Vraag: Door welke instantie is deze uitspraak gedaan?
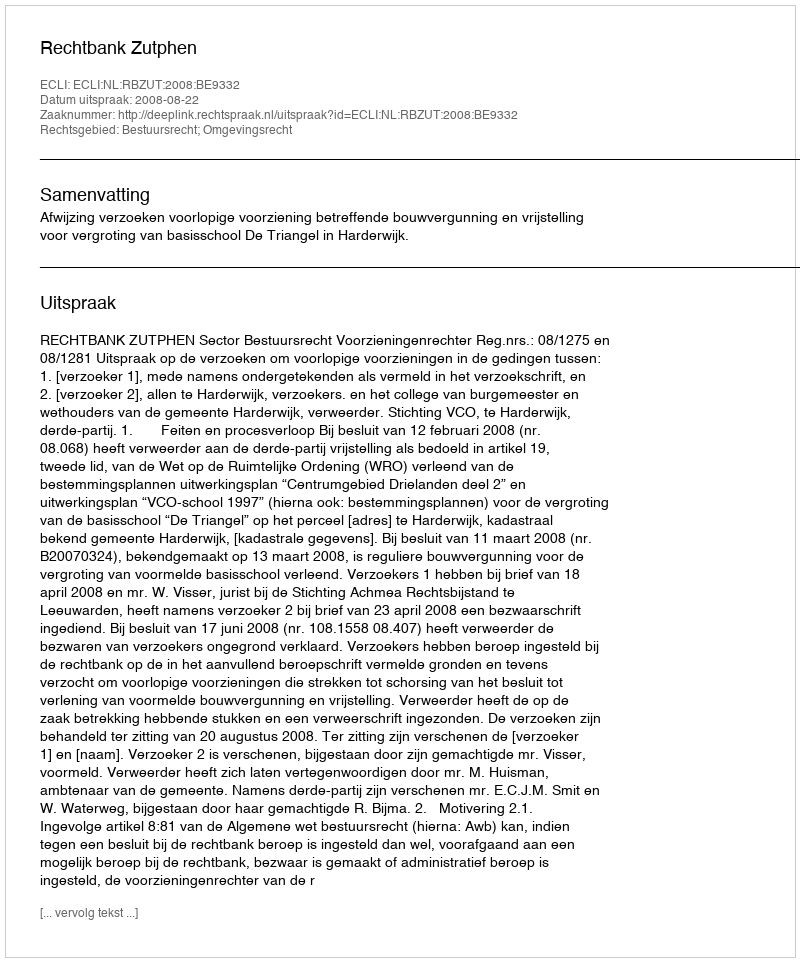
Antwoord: Rechtbank Zutphen